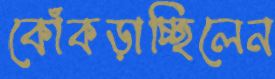
কোঁকড়াচ্ছিলেন